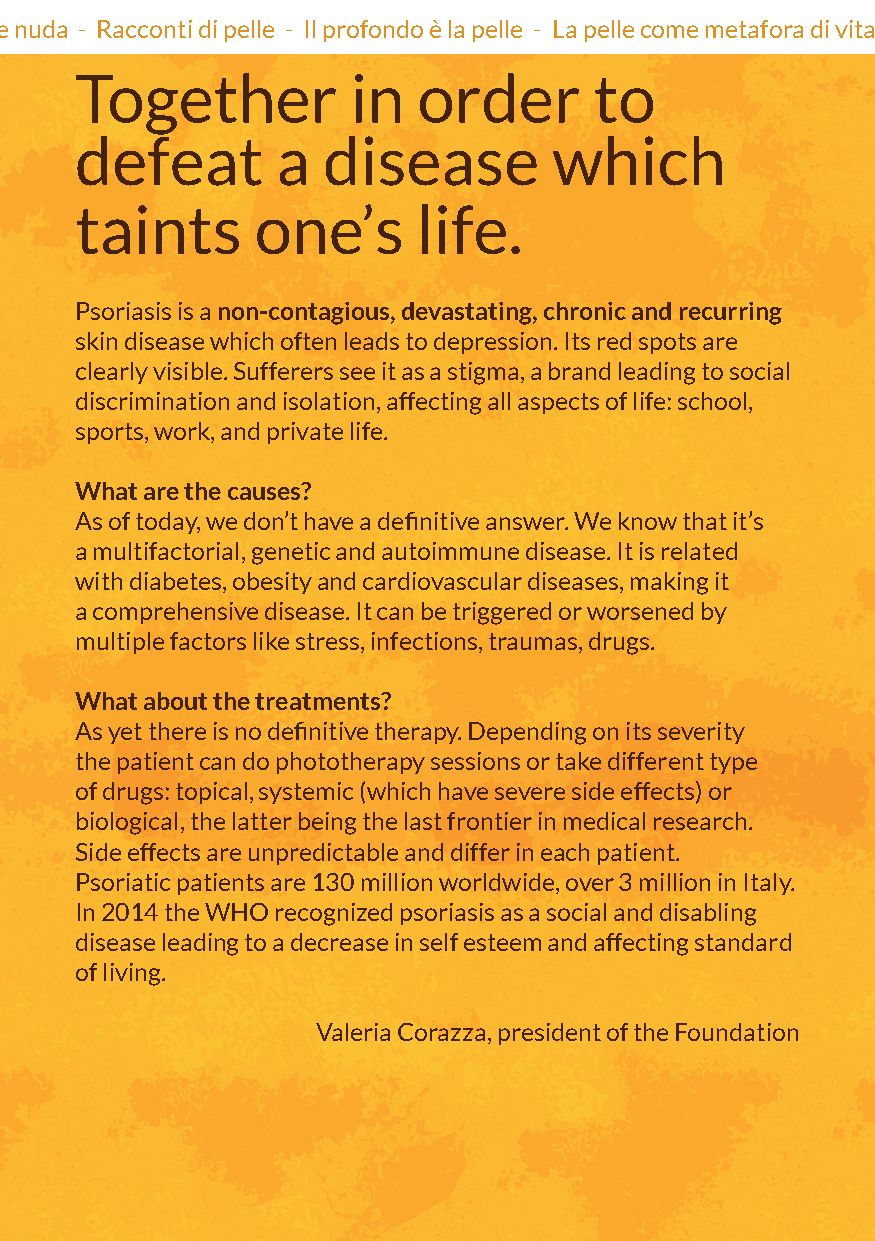
Io pelle - A fior di pelle - A pelle nuda - Racconti di pelle - Il profondo è la pelle - La pelle come metafora di vita - Pelle che parla - La pelle è l’abito migliore da indossare - Io pelle - A fior di pelle - A
 Together          in   order      to
 defeat       a  disease         which
 taints      one’s      life.
 Psoriasis is a non-contagious, devastating, chronic and recurring
 skin disease which often leads to depression. Its red spots are
 clearly visible. Sufferers see it as a stigma, a brand leading to social
 discrimination and isolation, affecting all aspects of life: school,
 sports, work, and private life.
 What are the causes?
 As of today, we don’t have a definitive answer. We know that it’s
 a multifactorial, genetic and autoimmune disease. It is related
 with diabetes, obesity and cardiovascular diseases, making it
 a comprehensive disease. It can be triggered or worsened by
 multiple factors like stress, infections, traumas, drugs.
 What about the treatments?
 As yet there is no definitive therapy. Depending on its severity
 the patient can do phototherapy sessions or take different type
 of drugs: topical, systemic (which have severe side effects) or
 biological, the latter being the last frontier in medical research.
 Side effects are unpredictable and differ in each patient.
 Psoriatic patients are 130 million worldwide, over 3 million in Italy.
 In 2014 the WHO recognized psoriasis as a social and disabling
 disease leading to a decrease in self esteem and affecting standard
 of living.
 Valeria Corazza, president of the Foundation